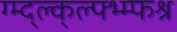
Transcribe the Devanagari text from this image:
ग्म्द्ल्क्ल्फ्भ्म्फश्र